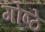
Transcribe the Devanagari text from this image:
गोष्ठे